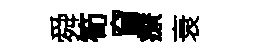
舜筍窅療衰